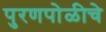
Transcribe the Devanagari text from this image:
पुरणपोळीचे